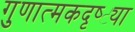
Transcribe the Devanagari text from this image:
गुणात्मकदृष्ट्या